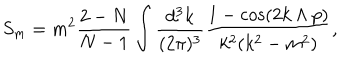
LaTeX: S _ { m } = m ^ { 2 } \frac { 2 - N } { N - 1 } \int \frac { d ^ { 3 } k } { ( 2 \pi ) ^ { 3 } } \frac { 1 - \cos ( 2 k \wedge p ) } { k ^ { 2 } ( k ^ { 2 } - m ^ { 2 } ) } ,